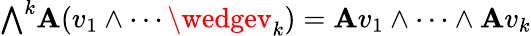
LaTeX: {\textstyle\bigwedge}^{k}\mathbf{A}(v_{1}\wedge\cdots\wedgev_{k})=\mathbf{A}v_{1}\wedge\cdots\wedge\mathbf{A}v_{k}